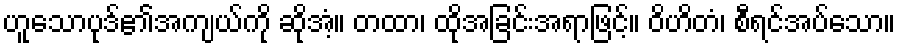
ဟူသောပုဒ်၏အကျယ်ကို ဆိုအံ့။ တထာ၊ ထိုအခြင်းအရာဖြင့်။ ဝိဟိတံ၊ စီရင်အပ်သော။